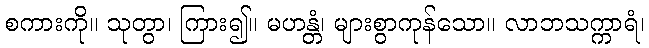
စကားကို။ သုတွာ၊ ကြား၍။ မဟန္တံ၊ များစွာကုန်သော။ လာဘသက္ကာရံ၊